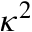
\kappa ^ { 2 }